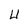
Character: U